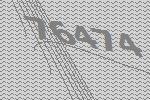
76474